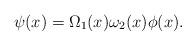
LaTeX: \begin{align*}\psi(x)=\Omega_1(x)\omega_2(x)\phi(x).\end{align*}